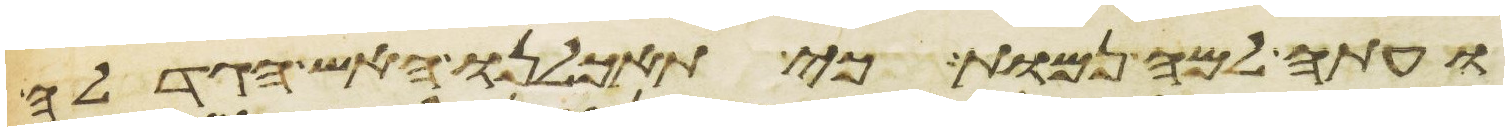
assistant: ועתה למה נמות כי תאכלנו האש הגדלה